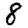
Digit: 8